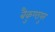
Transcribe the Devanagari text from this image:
बैकुण्ठपुर